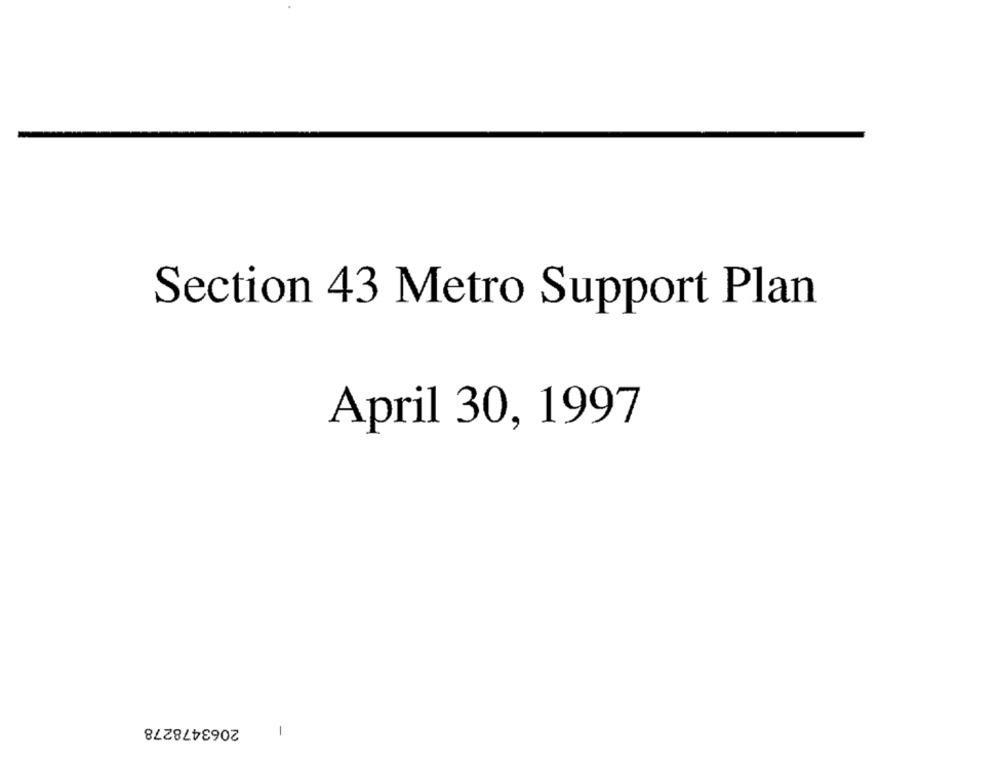
Section 43 Metro Support Plan
April 30, 1997
2063478278
1